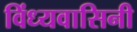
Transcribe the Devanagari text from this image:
विंध्‍यवासिनी